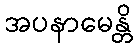
အပနာမေန္တိ